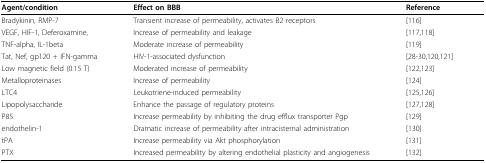
<table><thead><tr><td><b>Agent/condition</b></td><td><b>Effect on BBB</b></td><td><b>Reference</b></td></tr></thead><tbody><tr><td>Bradykinin, RMP-7</td><td>Transient increase of permeability, activates B2 receptors</td><td>[116]</td></tr><tr><td>VEGF, HIF-1, Deferoxamine,</td><td>Increase of permeability and leakage</td><td>[117,118]</td></tr><tr><td>TNF-alpha, IL-1beta</td><td>Moderate increase of permeability</td><td>[119]</td></tr><tr><td>Tat, Nef, gp120 + IFN-gamma</td><td>HIV-1-associated dysfunction</td><td>[28-30,120,121]</td></tr><tr><td>Low magnetic field (0.15 T)</td><td>Moderated increase of permeability</td><td>[122,123]</td></tr><tr><td>Metalloproteinases</td><td>Increase of permeability</td><td>[124]</td></tr><tr><td>LTC4</td><td>Leukotriene-induced permeability</td><td>[125,126]</td></tr><tr><td>Lipopolysaccharide</td><td>Enhance the passage of regulatory proteins</td><td>[127,128]</td></tr><tr><td>P85</td><td>Increase permeability by inhibiting the drug efflux transporter Pgp</td><td>[129]</td></tr><tr><td>endothelin-1</td><td>Dramatic increase of permeability after intracisternal administration</td><td>[130]</td></tr><tr><td>tPA</td><td>Increase permeability via Akt phosphorylation</td><td>[131]</td></tr><tr><td>PTX</td><td>Increased permeability by altering endothelial plasticity and angiogenesis</td><td>[132]</td></tr></tbody></table>